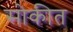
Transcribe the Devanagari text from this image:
सोकीत